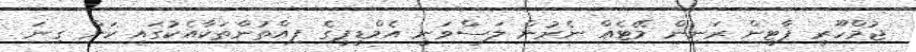
ޖުމްހޫރީ ޕާޓީން ރަނިން މޭޓެއް ނެރުން ލަސްވަނީ އެމްޑީޕީގެ ފިއްތުންތަކާއެކުގައި ކަން ގިނަ